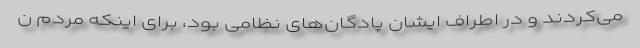
می‌کردند و در اطراف ایشان پادگان‌های نظامی بود، برای اینکه مردم ن